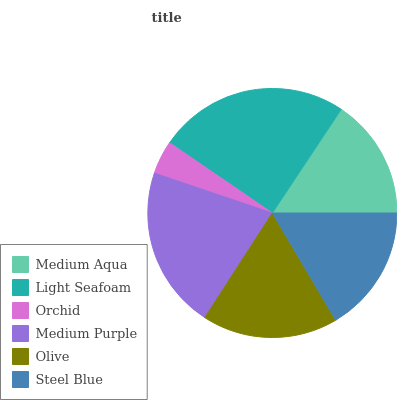
| Medium Aqua | Light Seafoam | Orchid | Medium Purple | Olive | Steel Blue |
 | --- | --- | --- | --- | --- | --- |
 | 15.7% | 24.8% | 4.34% | 21% | 17.7% | 16.5% |